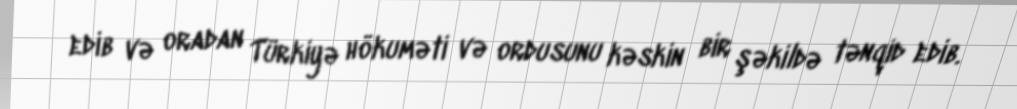
edib və oradan Türkiyə hökuməti və ordusunu kəskin bir şəkildə tənqid edib.